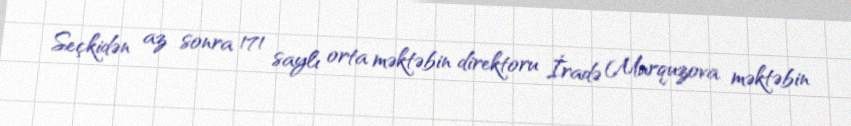
Seçkidən az sonra 171 saylı orta məktəbin direktoru İradə Murquzova məktəbin